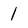
Character: 1